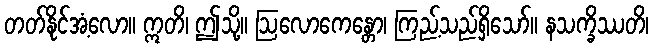
တတ်နိုင်အံ့လော။ ဣတိ၊ ဤသို့။ ဩလောကေန္တော၊ ကြည့်သည်ရှိသော်။ နသက္ခိဿတိ၊